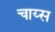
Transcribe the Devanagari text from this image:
चाय्स